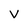
Character: V